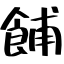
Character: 餔